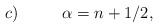
\begin{align*}c) \,\,\,\,\,\,\,\,\,\,\,\,\,\,\,\, \alpha = n+1/2, \end{align*}